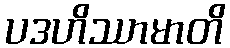
ပဒဟိဿာမာတိ